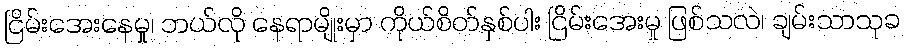
ငြိမ်းအေးနေမှု၊ ဘယ်လို နေရာမျိုးမှာ ကိုယ်စိတ်နှစ်ပါး ငြိမ်းအေးမှု ဖြစ်သလဲ၊ ချမ်းသာသုခ